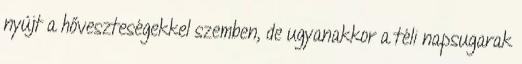
nyújt a hőveszteségekkel szemben, de ugyanakkor a téli napsugarak